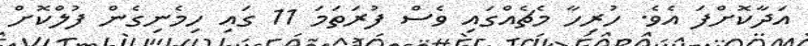
އަދާކޮށްފަ އެވެ. ހުރިހާ މެޗެއްގައި ވެސް ފުރަތަމަ 11 ގައި ހިމެނިގެން ފުލްކޮށް